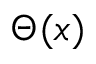
\Theta ( x )